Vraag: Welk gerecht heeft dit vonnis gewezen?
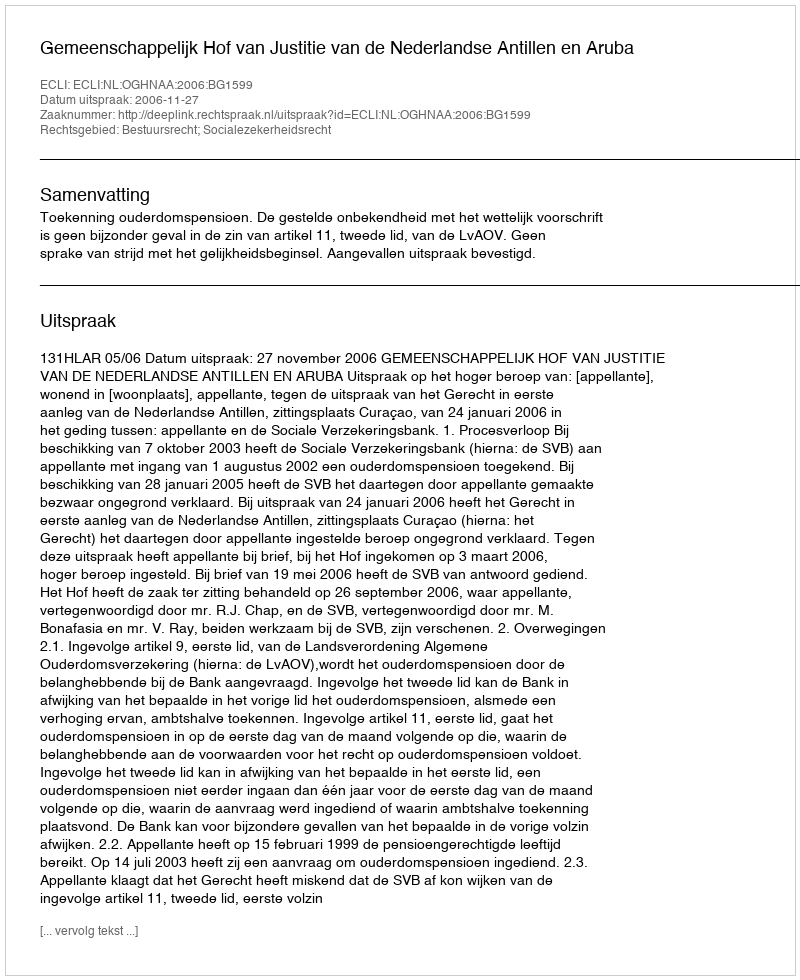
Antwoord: Gemeenschappelijk Hof van Justitie van de Nederlandse Antillen en Aruba